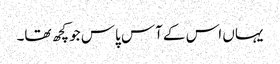
یہاں اس کے آس پاس جو کچھ تھا۔